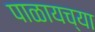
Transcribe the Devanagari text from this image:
पाळायच्या